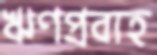
ঋণপ্রবাহ